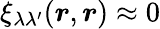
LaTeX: \xi_{\lambda\lambda^{\prime}}(\boldsymbol{r},\boldsymbol{r})\approx 0